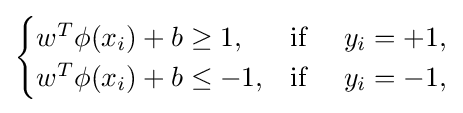
{\begin{cases}w^{T}\phi (x_{i})+b\geq 1,&{\text{if }}\quad y_{i}=+1,\\w^{T}\phi (x_{i})+b\leq -1,&{\text{if }}\quad y_{i}=-1,\end{cases}}